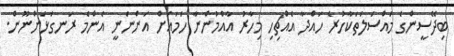
ބިދޭސީންގެ މައްސަލަތަކާހުރެ ހައްދާ އެއްޗިހި މިހާރު އާއްމުންނާ ހަމައަށް އަންނަނީ އެންމެ ރަނގަޅަށްނޫން.